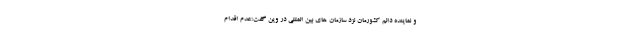
و نماینده دائم کشورمان نزد سازمان های بین المللی در وین گفت:عدم اقدام